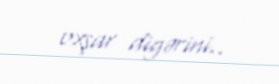
oxşar digərini..